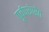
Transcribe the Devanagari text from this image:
पूर्वपरंपरेत